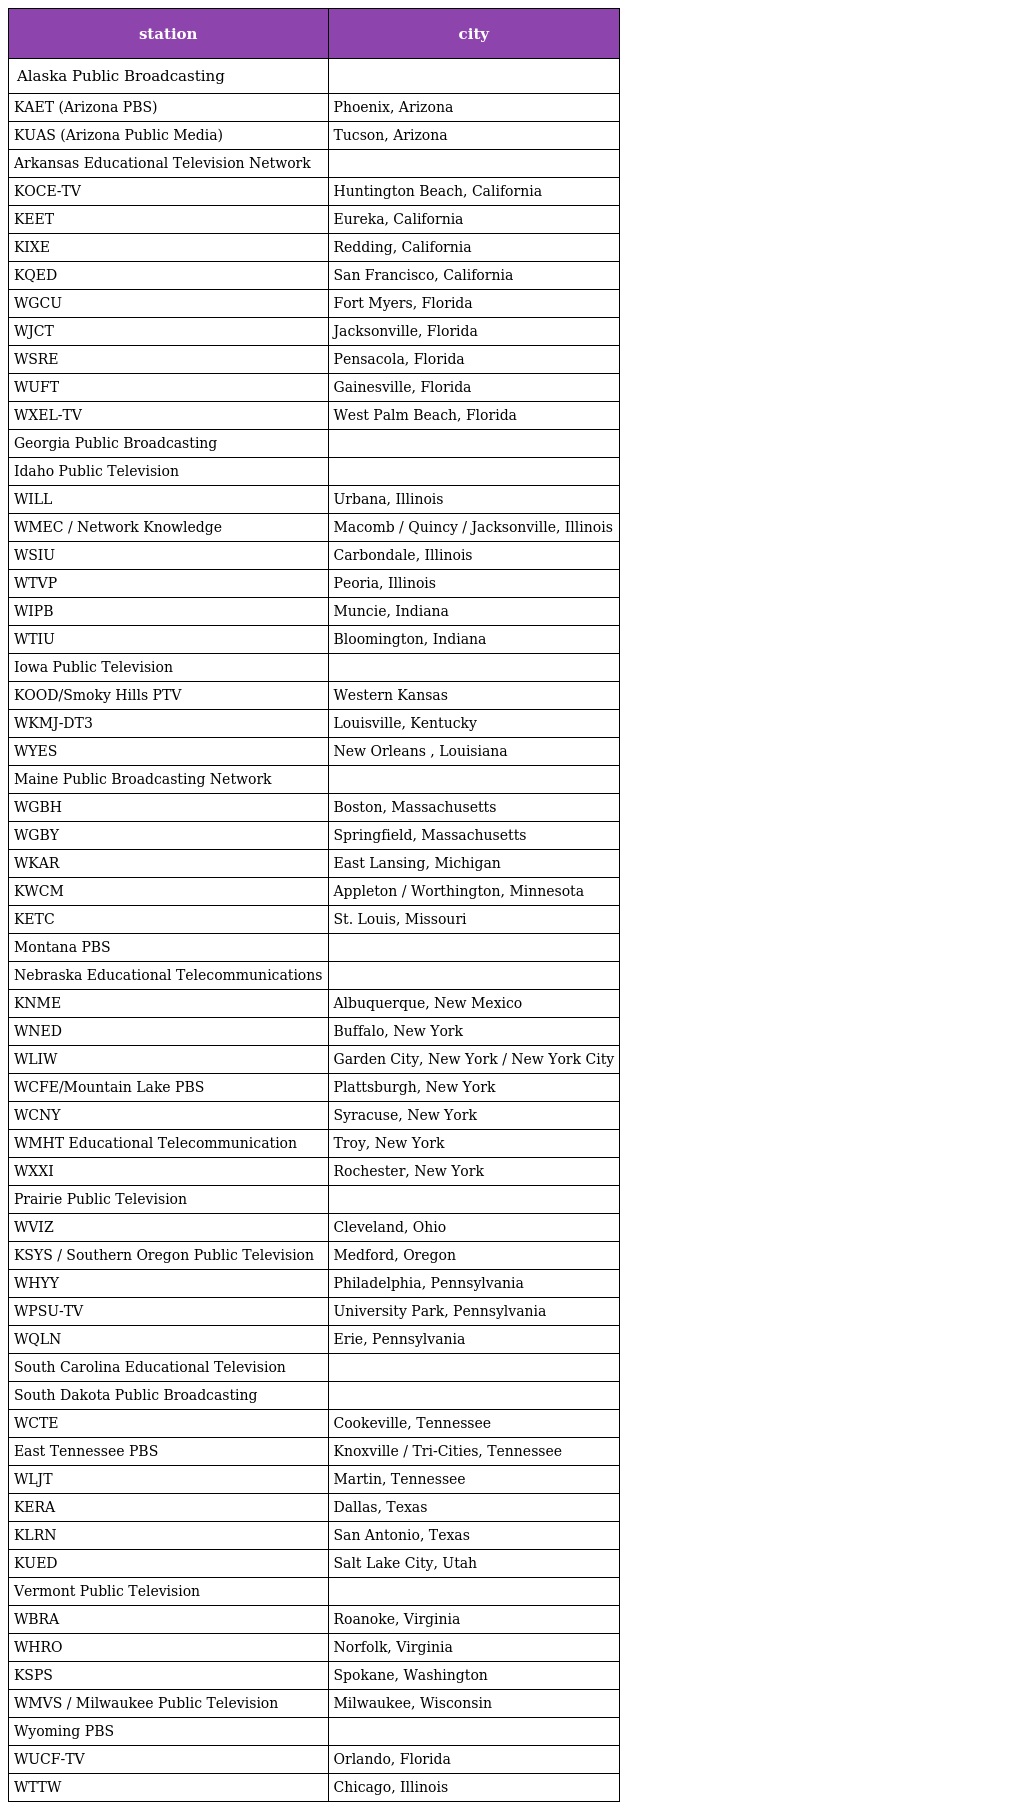
| station | city |
 | --- | --- |
 | Alaska Public Broadcasting |  |
 | KAET (Arizona PBS) | Phoenix, Arizona |
 | KUAS (Arizona Public Media) | Tucson, Arizona |
 | Arkansas Educational Television Network |  |
 | KOCE-TV | Huntington Beach, California |
 | KEET | Eureka, California |
 | KIXE | Redding, California |
 | KQED | San Francisco, California |
 | WGCU | Fort Myers, Florida |
 | WJCT | Jacksonville, Florida |
 | WSRE | Pensacola, Florida |
 | WUFT | Gainesville, Florida |
 | WXEL-TV | West Palm Beach, Florida |
 | Georgia Public Broadcasting |  |
 | Idaho Public Television |  |
 | WILL | Urbana, Illinois |
 | WMEC / Network Knowledge | Macomb / Quincy / Jacksonville, Illinois |
 | WSIU | Carbondale, Illinois |
 | WTVP | Peoria, Illinois |
 | WIPB | Muncie, Indiana |
 | WTIU | Bloomington, Indiana |
 | Iowa Public Television |  |
 | KOOD/Smoky Hills PTV | Western Kansas |
 | WKMJ-DT3 | Louisville, Kentucky |
 | WYES | New Orleans , Louisiana |
 | Maine Public Broadcasting Network |  |
 | WGBH | Boston, Massachusetts |
 | WGBY | Springfield, Massachusetts |
 | WKAR | East Lansing, Michigan |
 | KWCM | Appleton / Worthington, Minnesota |
 | KETC | St. Louis, Missouri |
 | Montana PBS |  |
 | Nebraska Educational Telecommunications |  |
 | KNME | Albuquerque, New Mexico |
 | WNED | Buffalo, New York |
 | WLIW | Garden City, New York / New York City |
 | WCFE/Mountain Lake PBS | Plattsburgh, New York |
 | WCNY | Syracuse, New York |
 | WMHT Educational Telecommunication | Troy, New York |
 | WXXI | Rochester, New York |
 | Prairie Public Television |  |
 | WVIZ | Cleveland, Ohio |
 | KSYS / Southern Oregon Public Television | Medford, Oregon |
 | WHYY | Philadelphia, Pennsylvania |
 | WPSU-TV | University Park, Pennsylvania |
 | WQLN | Erie, Pennsylvania |
 | South Carolina Educational Television |  |
 | South Dakota Public Broadcasting |  |
 | WCTE | Cookeville, Tennessee |
 | East Tennessee PBS | Knoxville / Tri-Cities, Tennessee |
 | WLJT | Martin, Tennessee |
 | KERA | Dallas, Texas |
 | KLRN | San Antonio, Texas |
 | KUED | Salt Lake City, Utah |
 | Vermont Public Television |  |
 | WBRA | Roanoke, Virginia |
 | WHRO | Norfolk, Virginia |
 | KSPS | Spokane, Washington |
 | WMVS / Milwaukee Public Television | Milwaukee, Wisconsin |
 | Wyoming PBS |  |
 | WUCF-TV | Orlando, Florida |
 | WTTW | Chicago, Illinois |